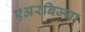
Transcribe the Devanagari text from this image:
एअरबिज्या